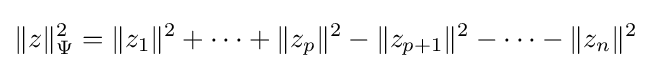
\lVert z\rVert _{\Psi }^{2}=\lVert z_{1}\rVert ^{2}+\dots +\lVert z_{p}\rVert ^{2}-\lVert z_{p+1}\rVert ^{2}-\dots -\lVert z_{n}\rVert ^{2}